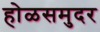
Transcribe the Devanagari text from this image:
होळसमुदर